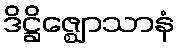
ဒိဋ္ဌိဇ္ဈောသာနံ